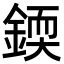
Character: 𨨰